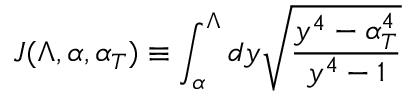
J ( \Lambda , \alpha , \alpha _ { T } ) \equiv \int _ { \alpha } ^ { \Lambda } d y \sqrt { \frac { y ^ { 4 } - \alpha _ { T } ^ { 4 } } { y ^ { 4 } - 1 } }